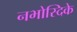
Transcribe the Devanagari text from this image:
नभोस्दिके